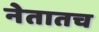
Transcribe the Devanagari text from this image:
नेतातच